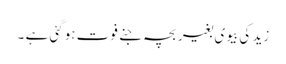
زید کی بیوی بغیر بچہ جنے فوت ہوگئی ہے ۔